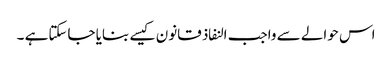
اس حوالے سے واجب النفاذ قانون کیسے بنایا جاسکتاہے ۔